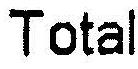
TOTAL